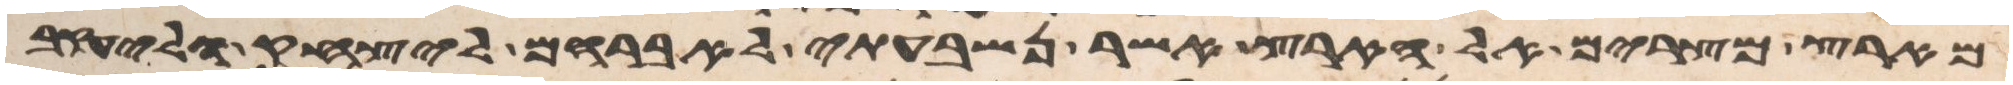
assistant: מארץ מצרים אל הארץ אשר נשבעתי לאברהם ליצחק וליעקב